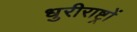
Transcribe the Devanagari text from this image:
धुरीराष्ट्रों